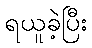
ရယူခဲ့ပြီး